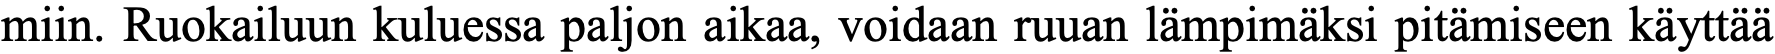
miin. Ruokailuun kuluessa paljon aikaa, voidaan ruuan lämpimäksi pitämiseen käyttää